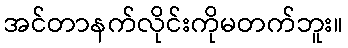
အင်တာနက်လိုင်းကိုမတက်ဘူး။